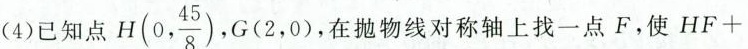
(4)已知点 H(0, \frac{45}{8})， G(2，0)，在抛物线对称轴上找一点F，使$$H F +$$